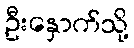
ဦးနှောက်သို့